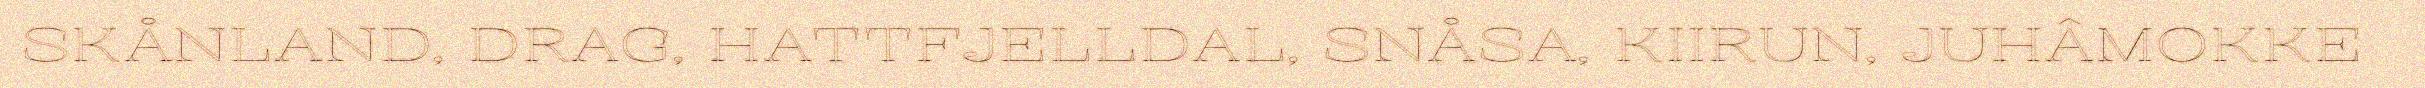
SKÅNLAND, DRAG, HATTFJELLDAL, SNÅSA, KIIRUN, JUHÂMOKKE